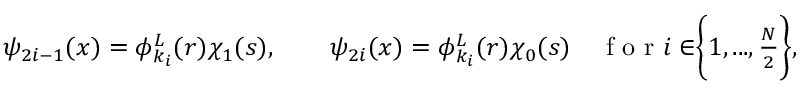
\begin{array} { r } { \psi _ { 2 i - 1 } ( x ) = \phi _ { k _ { i } } ^ { L } ( r ) \chi _ { 1 } ( s ) , \quad \quad \psi _ { 2 i } ( x ) = \phi _ { k _ { i } } ^ { L } ( r ) \chi _ { 0 } ( s ) \quad \mathrm { ~ f ~ o ~ r ~ } i \in \biggr \{ 1 , . . . , \frac { N } { 2 } \biggr \} , } \end{array}